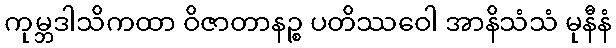
ကုမ္ဘဒါသိကထာ ဝိဇာတာနဉ္စ ပတိဿဝေါ အာနိသံသံ မုနီနံ